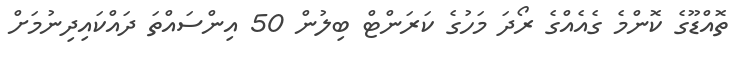
ތޮއްޑޫގެ ކޮންމެ ގެއެއްގެ ރޯދަ މަހުގެ ކަރަންޓް ބިލުން 50 އިންސައްތަ ދައްކައިދިނުމަށް